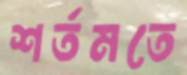
শর্তমতে